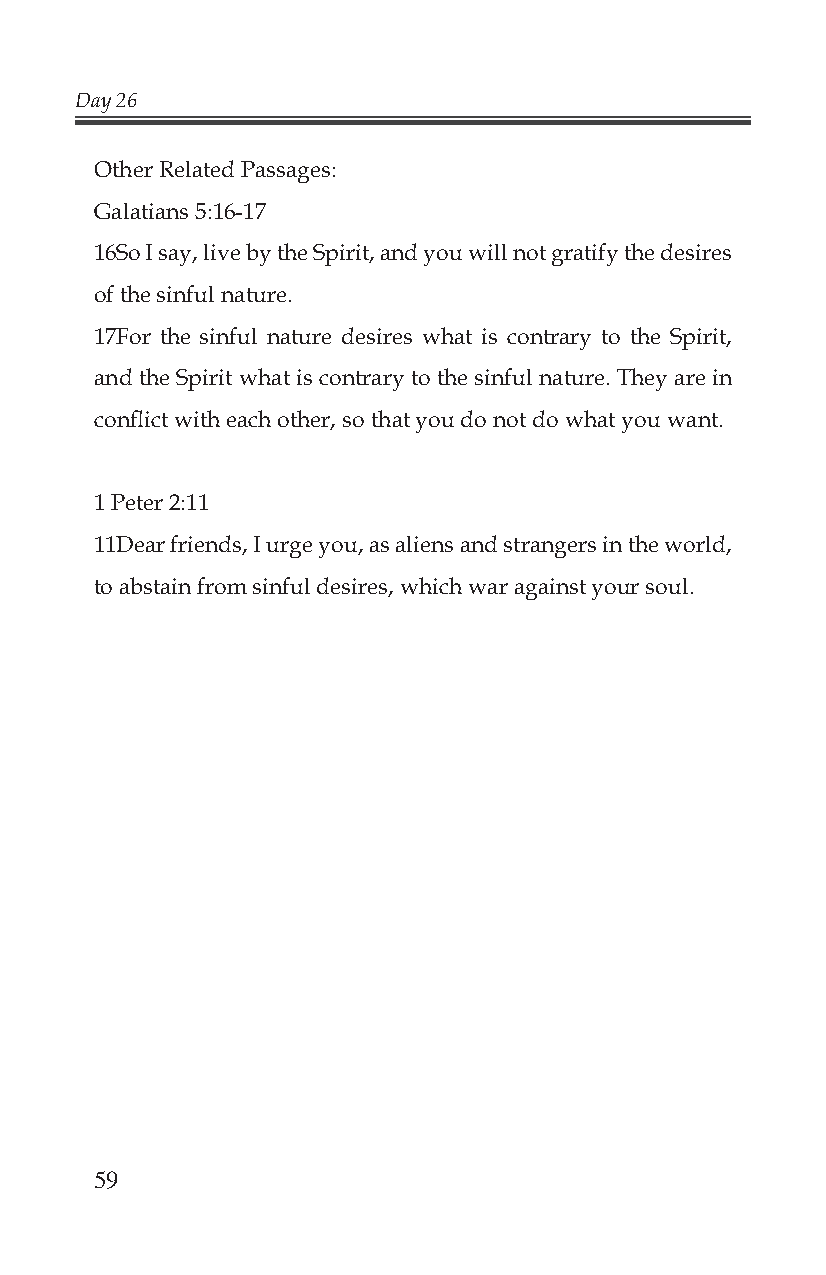
Day 26
 Other Related Passages:
 Galatians 5:16-17
 16So I say, live by the Spirit, and you will not gratify the desires
 of the sinful nature.
 17For the sinful nature desires what is contrary to the Spirit,
 and the Spirit what is contrary to the sinful nature. They are in
 confl ict with each other, so that you do not do what you want.
 1 Peter 2:11
 11Dear friends, I urge you, as aliens and strangers in the world,
 to abstain from sinful desires, which war against your soul.
 59